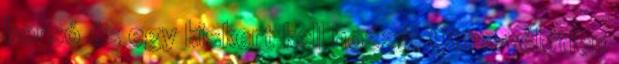
borsó és egy kiskert kell hozzá. Ott a véletlen